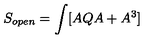
S _ { o p e n } = \int [ A Q A + A ^ { 3 } ]